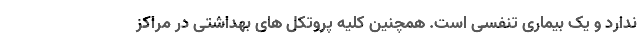
ندارد و یک بیماری تنفسی است. همچنین کلیه پروتکل های بهداشتی در مراکز